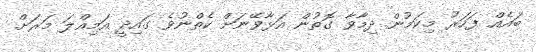
ބައެއް ފަހަރު މިކަމުން ދިމާވާ ގޮތުން އަޅާވޭނަށް ކެތްނުވެ ގައިދީ އަމިއްލަ މަރަށް